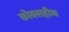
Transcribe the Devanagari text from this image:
कोक्सहीथ